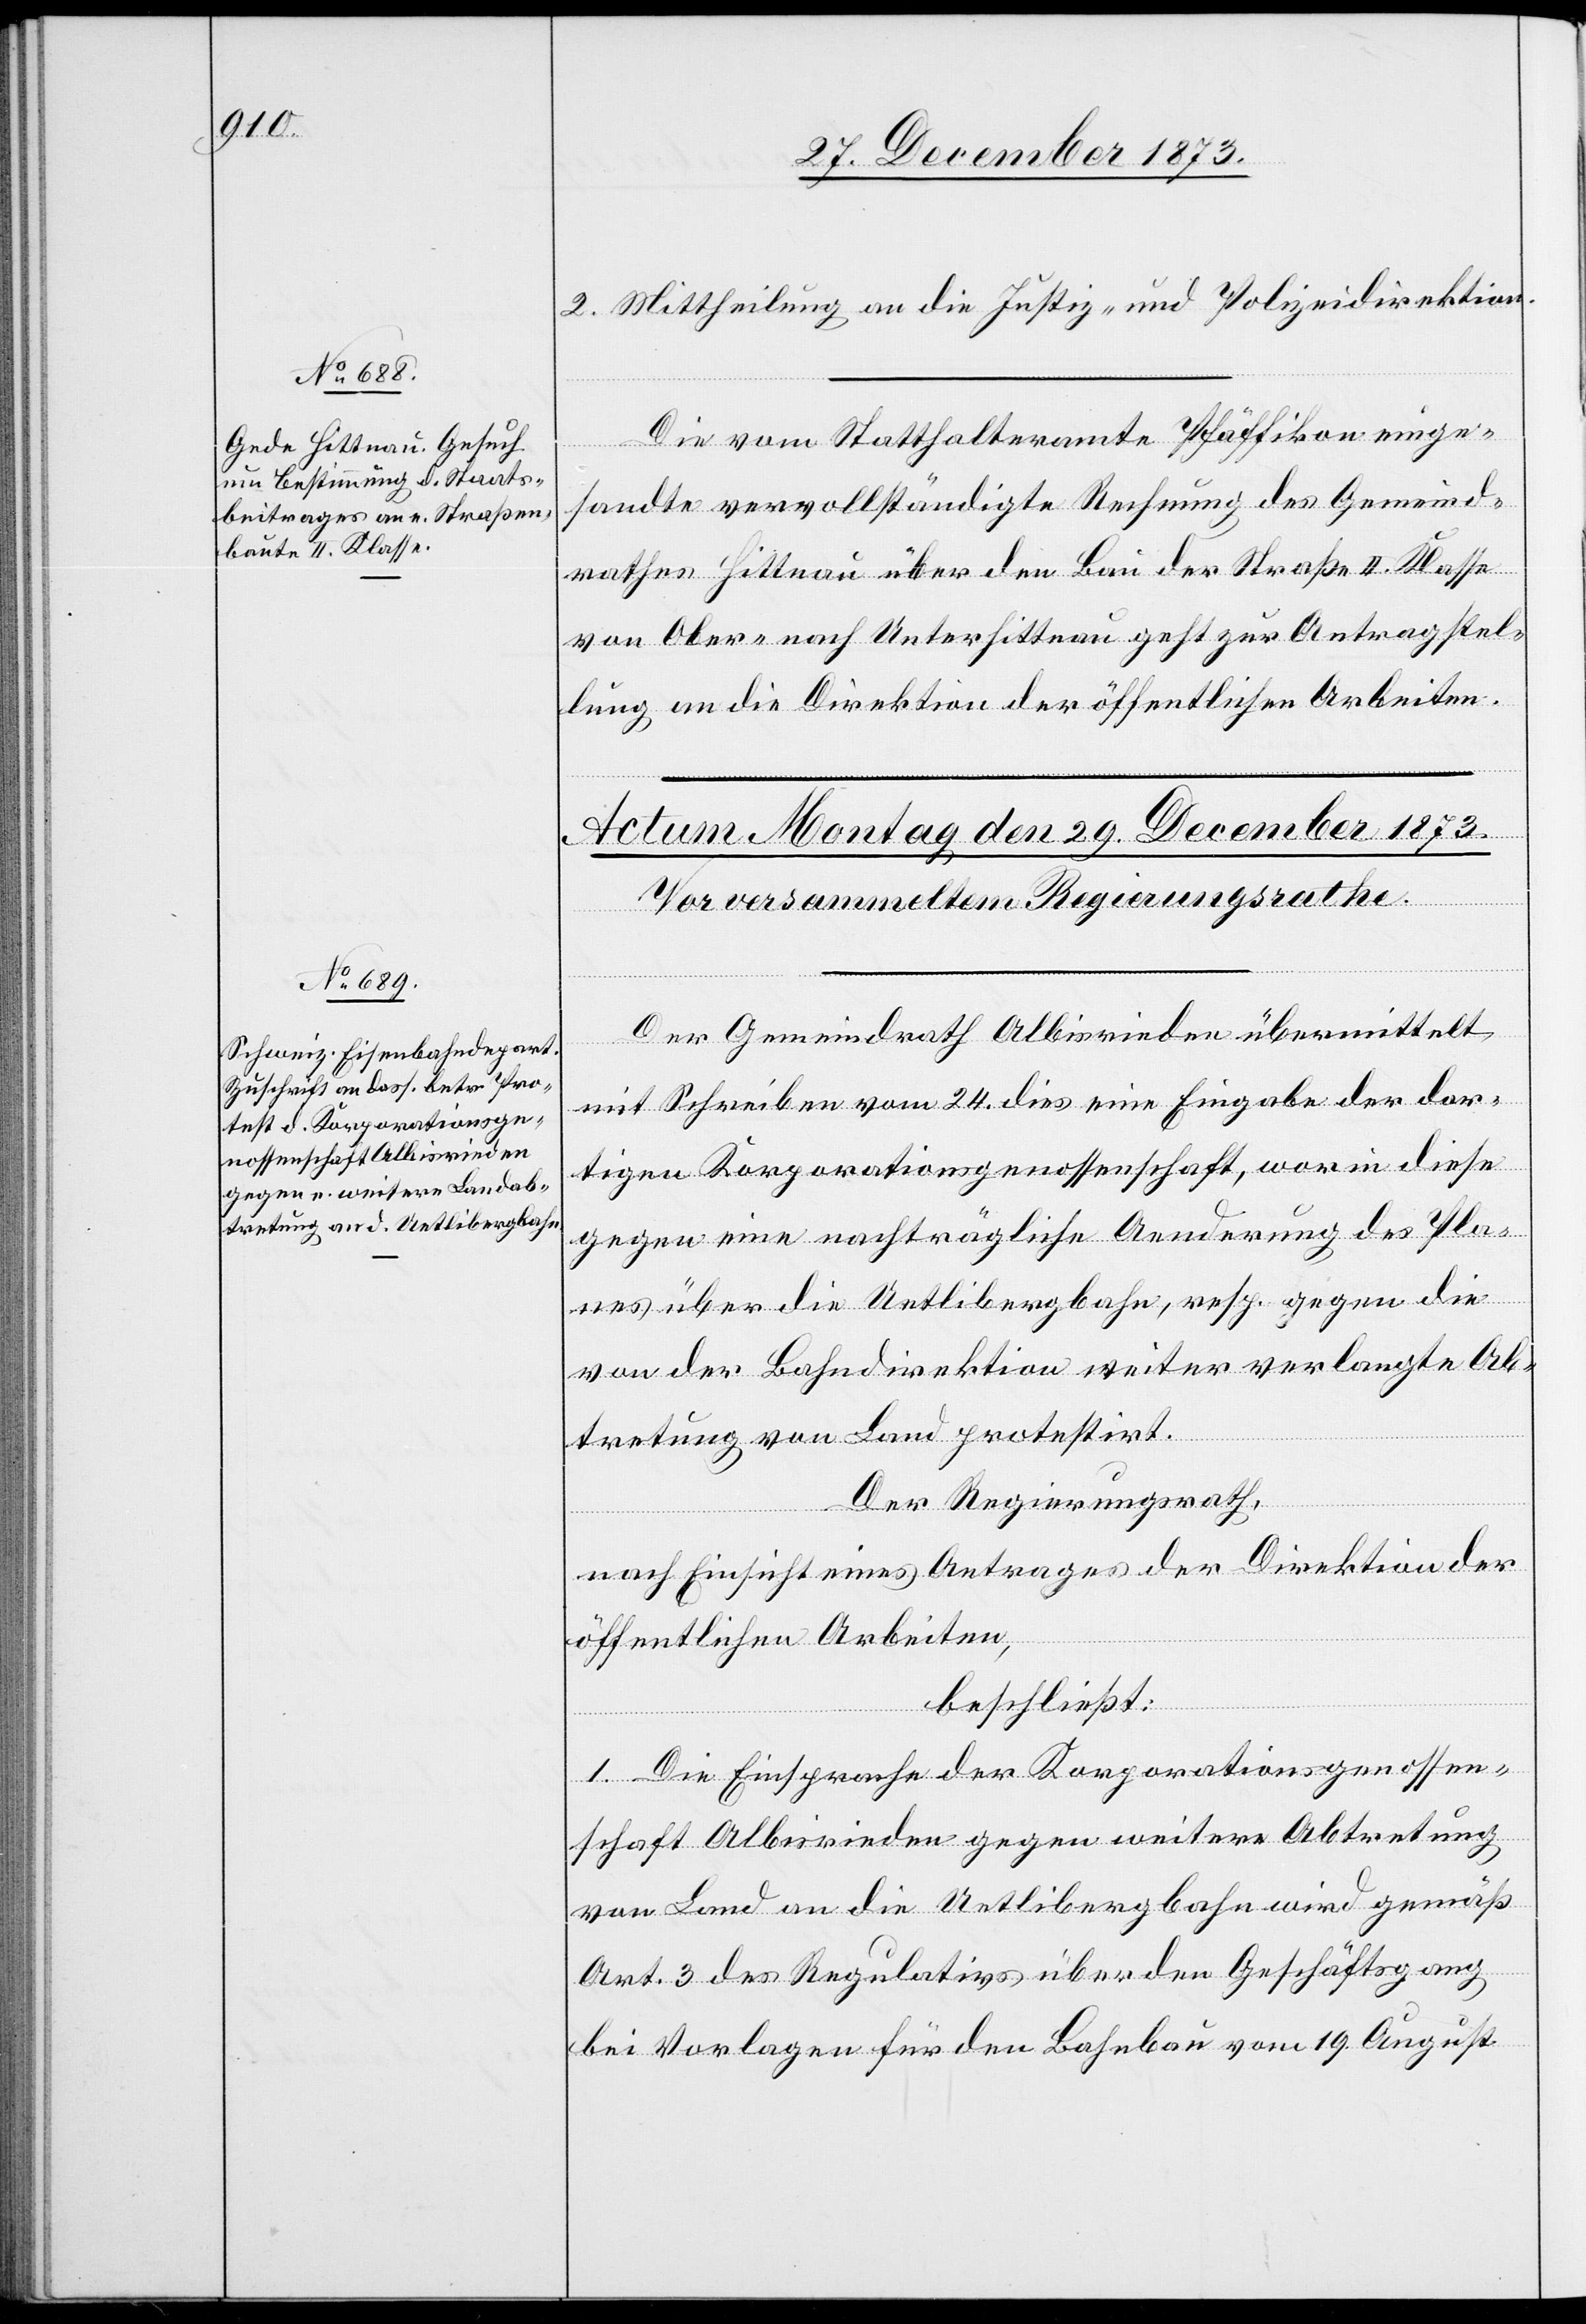
27. December 1873.]
2. Mittheilung an die Justiz- und Polizeidirektion.
Die vom Statthalteramte Pfäffikon einge¬
sandte vervollständigte Rechnung des Gemeind¬
rathes Hittnau über den Bau der Straße II. Klasse
von Ober- nach Unterhittnau geht zur Antragstel¬
lung an die Direktion der öffentlichen Arbeiten.
Der Gemeindrath Albisrieden übermittelt
mit Schreiben vom 24. dies eine Eingabe der dor¬
tigen Korporationsgenossenschaft, worin diese
gegen eine nachträgliche Aenderung des Pla¬
nes über die Uetlibergbahn, resp. gegen die
von der Bahndirektion weiter verlangte Ab¬
tretung von Land protestirt.
Der Regierungsrath,
nach Einsicht eines Antrages der Direktion der
öffentlichen Arbeiten,
beschließt:
1. Die Einsprache der Korporationsgenossen¬
schaft Albisrieden gegen weitere Abtretung
von Land an die Uetlibergbahn wird gemäß
Art. 3 des Regulativs über den Geschäftsgang
bei Vorlagen für den Bahnbau vom 19. August